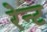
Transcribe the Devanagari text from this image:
रेन्ट